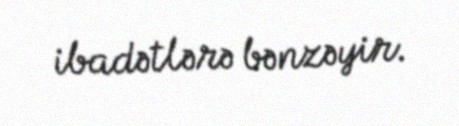
ibadətlərə bənzəyir.